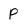
Character: P